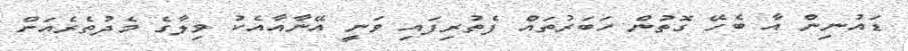
ޑައުނިން އާ ބެހޭ ގޮތުން ހަބަރުތައް ފެތުރިފައި ވަނީ އޭނާއާއެކު ވިލާގެ މެދުތެރެއަށް